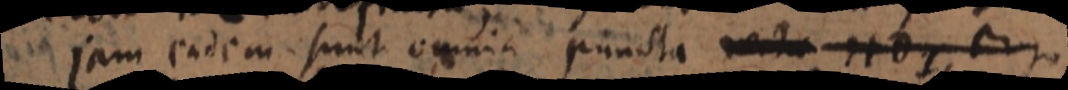
jam eadem sunt omnia puncta rectae HD, ergo